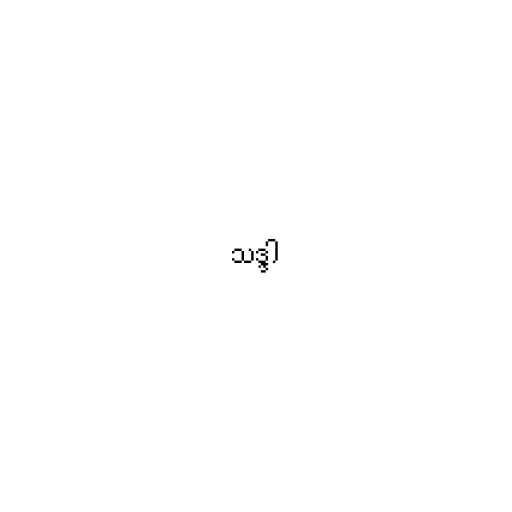
သဒ္ဒါ